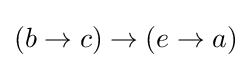
{\textstyle (b\rightarrow c)\rightarrow (e\rightarrow a)}